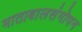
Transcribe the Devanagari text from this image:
माताबालसंगोपन